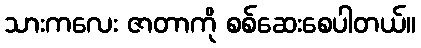
သားကလေး ဇာတာကို စစ်ဆေးစေပါတယ်။